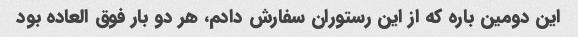
این دومین باره که از این رستوران سفارش دادم، هر دو بار فوق العاده بود